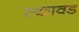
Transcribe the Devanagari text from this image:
स्कावड